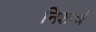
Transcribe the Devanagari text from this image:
निशार्थ